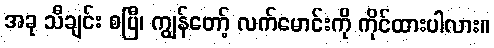
အခု သီချင်း စပြီ၊ ကျွန်တော့် လက်မောင်းကို ကိုင်ထားပါလား။